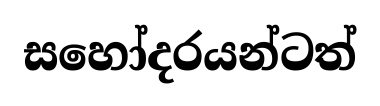
සහෝදරයන්ටත්